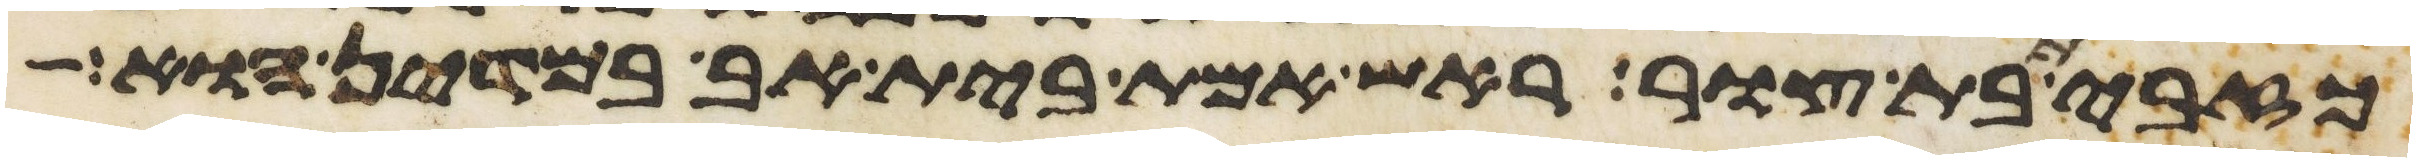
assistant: כזבית בת צור ראש אמת בית אב במדין הוא